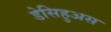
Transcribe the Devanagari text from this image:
डेसिहुअस